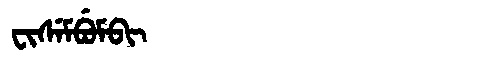
Manchu: ᠸᡳᠰᡝᠮᠪᡠᠮᠪᡳ
Romanization: FISEMBUMBI